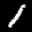
Label: 1